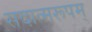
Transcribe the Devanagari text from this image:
सदात्मरूपम्